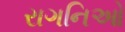
રાગનિઓ